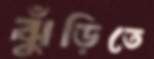
ঝুঁড়িতে